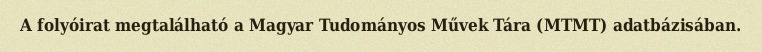
A folyóirat megtalálható a Magyar Tudományos Művek Tára (MTMT) adatbázisában.